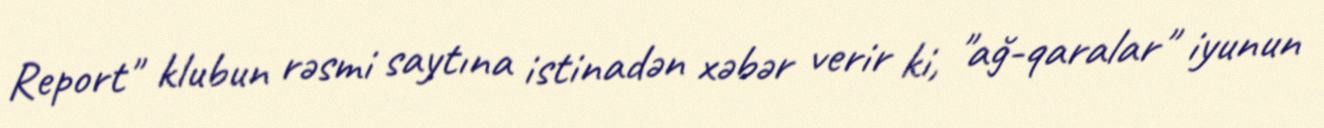
Report" klubun rəsmi saytına istinadən xəbər verir ki, "ağ-qaralar" iyunun